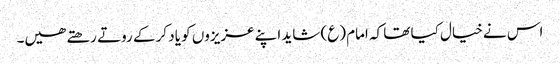
اس نے خیال کیا تھا کہ امام (ع) شاید اپنے عزیزوں کو یاد کر کے روتے رھتے ھیں۔